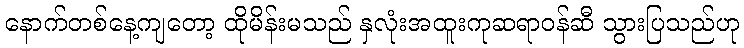
နောက်တစ်နေ့ကျတော့ ထိုမိန်းမသည် နှလုံးအထူးကုဆရာဝန်ဆီ သွားပြသည်ဟု